Insane asylums Bombay 1873-77 - 1873-1877
Year: 1873
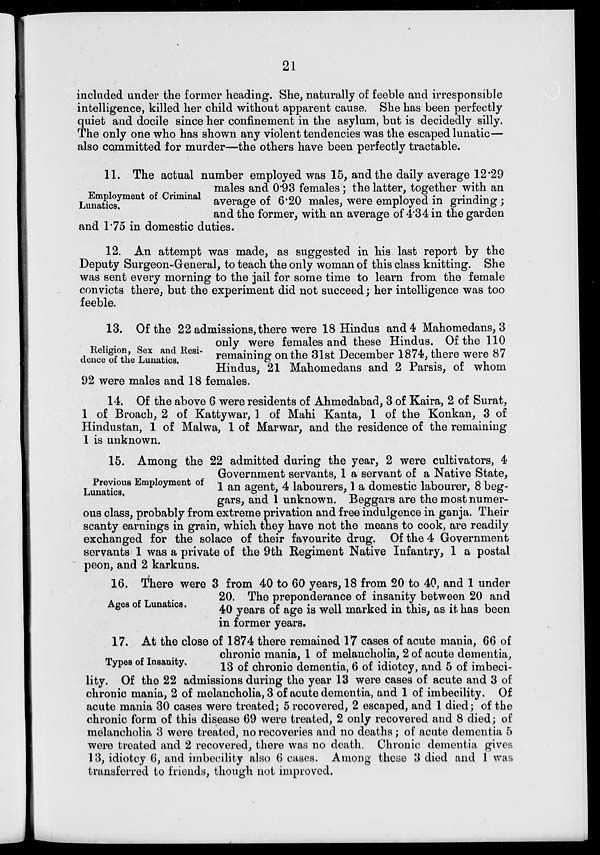
21
included under the former heading. She, naturally of feeble and irresponsible
intelligence, killed her child without apparent cause. She has been perfectly
quiet and docile since her confinement in the asylum, but is decidedly silly,
The only one who has shown any violent tendencies was the escaped lunatic—
also committed for murder—the others have been perfectly tractable.
Employment of Criminal
Lunatics.
11. The actual number employed was 15, and the daily average 12.29
males and 0.93 females ; the latter, together with an
average of 6.20 males, were employed in grinding ;
and the former, with an average of 4.34 in the garden
and 1.75 in domestic duties.
12. An attempt was made, as suggested in his last report by the
Deputy Surgeon-General, to teach the only woman of this class knitting. She
was sent every morning to the jail for some time to learn from the female
convicts there, but the experiment did not succeed; her intelligence was too
feeble.
Religion, Sex and Resi-
dence of the Lunatics.
13. Of the 22 admissions, there were 18 Hindus and 4 Mahomedans, 3
only were females and these Hindus. Of the 110
remaining on the 31st December 1874, there were 87
Hindus, 21 Mahomedans and 2 Parsis, of whom
92 were males and 18 females.
14. Of the above 6 were residents of Ahmedabad, 3 of Kaira, 2 of Surat,
1 of Broach, 2 of Kattywar, 1 of Mahi Kanta, 1 of the Konkan, 3 of
Hindustan, 1 of Malwa, 1 of Marwar, and the residence of the remaining
1 is unknown.
Previous Employment of
Lunatics,
15. Among the 22 admitted during the year, 2 were cultivators, 4
Government servants, 1 a servant of a Native State,
1 an agent, 4 labourers, 1 a domestic labourer, 8 beg-
gars, and 1 unknown. Beggars are the most numer-
ous class, probably from extreme privation and free indulgence in ganja. Their
scanty earnings in grain, which they have not the means to cook, are readily
exchanged for the solace of their favourite drug. Of the 4 Government
servants 1 was a private of the 9th Regiment Native Infantry, 1 a postal
peon, and 2 karkuns.
Ages of Lunatics.
16. There were 3 from 40 to 60 years, 18 from 20 to 40, and 1 under
20. The preponderance of insanity between 20 and
40 years of age is well marked in this, as it has been
in former years.
Types of Insanity.
17. At the close of 1874 there remained 17 cases of acute mania, 66 of
chronic mania, 1 of melancholia, 2 of acute dementia,
13 of chronic dementia, 6 of idiotcy, and 5 of imbeci-
lity. Of the 22 admissions during the year 13 were cases of acute and 3 of
chronic mania, 2 of melancholia, 3 of acute dementia, and 1 of imbecility. Of
acute mania 30 cases were treated; 5 recovered, 2 escaped, and 1 died; of the
chronic form of this disease 69 were treated, 2 only recovered and 8 died; of
melancholia 3 were treated, no recoveries and no deaths; of acute dementia 5
were treated and 2 recovered, there was no death. Chronic dementia gives
13, idiotcy 6, and imbecility also 6 cases. Among these 3 died and 1 was
transferred to friends, though not improved.